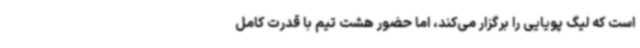
است که لیگ پویایی را برگزار می‌کند، اما حضور هشت تیم با قدرت کامل